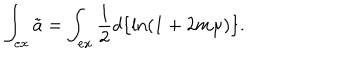
LaTeX: \int _ { e x } \tilde { a } = \int _ { e x } \frac { 1 } { 2 } d \{ \ln ( 1 + 2 m \mu ) \} .